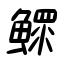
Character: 鰥